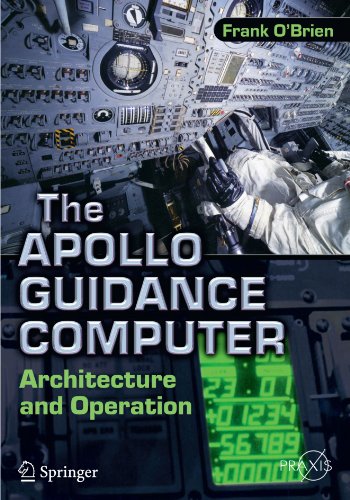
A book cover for The Apollo Guidance Computer: Architecture and Operation (Springer Praxis Books); Frank O'Brien; Engineering & Transportation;